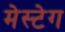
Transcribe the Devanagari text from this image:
मेस्टेग